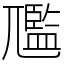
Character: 尶